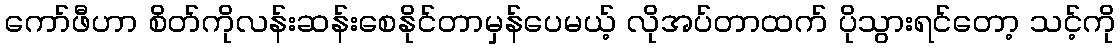
ကော်ဖီဟာ စိတ်ကိုလန်းဆန်းစေနိုင်တာမှန်ပေမယ့် လိုအပ်တာထက် ပိုသွားရင်တော့ သင့်ကို